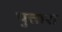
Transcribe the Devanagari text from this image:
पुत्तारा